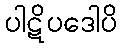
ပါဋိပဒေါပိ